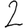
Digit: 2